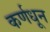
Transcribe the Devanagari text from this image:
कर्णधून